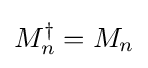
M_{n}^{\dagger }=M_{n}